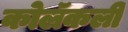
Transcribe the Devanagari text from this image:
कोलॅकली